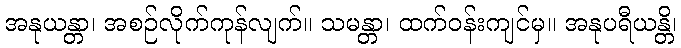
အနုယန္တာ၊ အစဉ်လိုက်ကုန်လျက်။ သမန္တာ၊ ထက်ဝန်းကျင်မှ။ အနုပရီယန္တိ၊